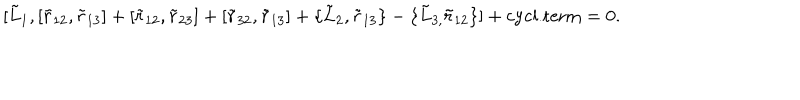
\lbrack \tilde { L } _ { 1 } , [ \tilde { r } _ { 1 2 } , \tilde { r } _ { 1 3 } ] + [ \tilde { r } _ { 1 2 } , \tilde { r } _ { 2 3 } ] + [ \tilde { r } _ { 3 2 } , \tilde { r } _ { 1 3 } ] + \{ \tilde { L } _ { 2 } , \tilde { r } _ { 1 3 } \} - \{ \tilde { L } _ { 3 , } \tilde { r } _ { 1 2 } \} ] + \mathrm { c y c l . t e r m } = 0 .